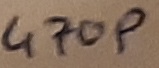
Text: 470p